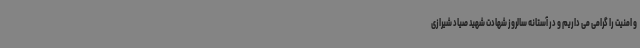
و امنیت را گرامی می داریم و در آستانه سالروز شهادت شهید صیاد شیرازی